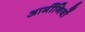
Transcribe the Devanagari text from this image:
आर्मीनियों